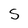
Character: S